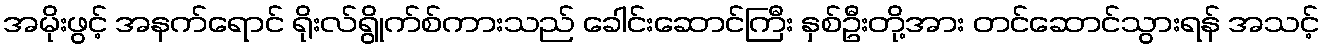
အမိုးဖွင့် အနက်ရောင် ရိုးလ်ရွိုက်စ်ကားသည် ခေါင်းဆောင်ကြီး နှစ်ဦးတို့အား တင်ဆောင်သွားရန် အသင့်